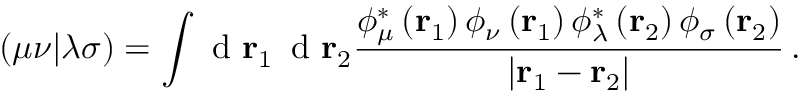
\left( \mu \nu | \lambda \sigma \right) = \int \textrm { d } \mathbf r _ { 1 } \, \textrm { d } \mathbf r _ { 2 } \frac { \phi _ { \mu } ^ { * } \left( \mathbf r _ { 1 } \right) \phi _ { \nu } \left( \mathbf r _ { 1 } \right) \phi _ { \lambda } ^ { * } \left( \mathbf r _ { 2 } \right) \phi _ { \sigma } \left( \mathbf r _ { 2 } \right) } { \left| \mathbf r _ { 1 } - \mathbf r _ { 2 } \right| } \, .